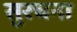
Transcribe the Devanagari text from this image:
सुरचना